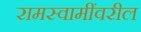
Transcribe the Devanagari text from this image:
रामस्वामींवरील